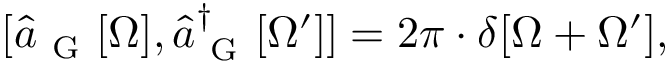
\begin{array} { r } { [ \hat { a } _ { \mathrm { ~ G ~ } } [ \Omega ] , \hat { a } _ { \mathrm { ~ G ~ } } ^ { \dagger } [ \Omega ^ { \prime } ] ] = 2 \pi \cdot \delta [ \Omega + \Omega ^ { \prime } ] , } \end{array}